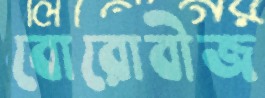
বোরোবীজ